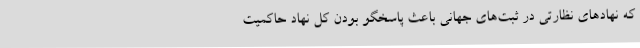
که نهادهای نظارتی در ثبت‌های جهانی باعث پاسخگو بودن کل نهاد حاکمیت